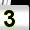
Digit: 3